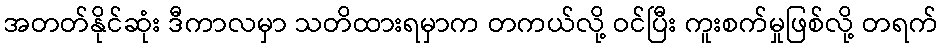
အတတ်နိုင်ဆုံး ဒီကာလမှာ သတိထားရမှာက တကယ်လို့ ဝင်ပြီး ကူးစက်မှုဖြစ်လို့ တရက်